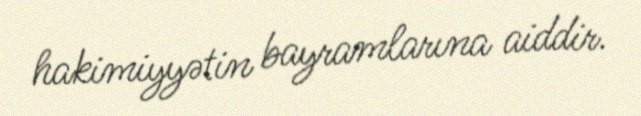
hakimiyyətin bayramlarına aiddir.